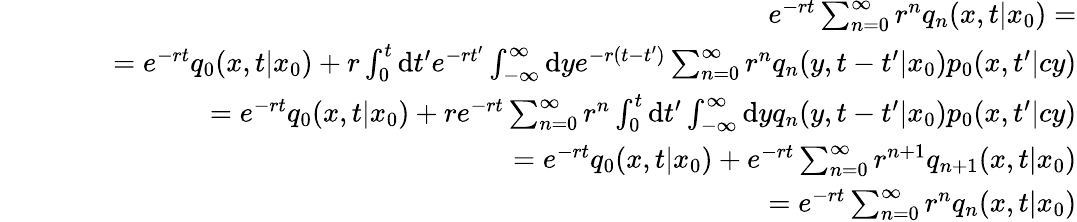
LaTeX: \begin{array}{rlr}&{}&{e^{-rt}\sum_{n=0}^{\infty}r^{n}q_{n}(x,t|x_{0})=}\\ &{}&{\qquad=e^{-rt}q_{0}(x,t|x_{0})+r\int_{0}^{t}\mathrm{d}t^{\prime}e^{-rt^{\prime}}\int_{-\infty}^{\infty}\mathrm{d}ye^{-r(t-t^{\prime})}\sum_{n=0}^{\infty}r^{n}q_{n}(y,t-t^{\prime}|x_{0})p_{0}(x,t^{\prime}|cy)}\\ &{}&{\qquad=e^{-rt}q_{0}(x,t|x_{0})+re^{-rt}\sum_{n=0}^{\infty}r^{n}\int_{0}^{t}\mathrm{d}t^{\prime}\int_{-\infty}^{\infty}\mathrm{d}yq_{n}(y,t-t^{\prime}|x_{0})p_{0}(x,t^{\prime}|cy)}\\ &{}&{\qquad=e^{-rt}q_{0}(x,t|x_{0})+e^{-rt}\sum_{n=0}^{\infty}r^{n+1}q_{n+1}(x,t|x_{0})}\\ &{}&{\qquad=e^{-rt}\sum_{n=0}^{\infty}r^{n}q_{n}(x,t|x_{0})}\end{array}